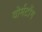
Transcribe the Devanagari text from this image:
वोर्मटोंग